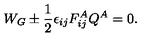
W _ { G } \pm \frac { 1 } { 2 } \epsilon _ { i j } F _ { i j } ^ { A } Q ^ { A } = 0 .